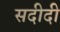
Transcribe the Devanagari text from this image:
सदीदी